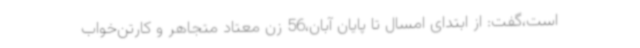
است،گفت: از ابتدای امسال تا پایان آبان،56 زن معتاد متجاهر و کارتن‌خواب